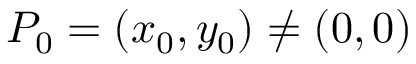
P _ { 0 } = ( x _ { 0 } , y _ { 0 } ) \neq ( 0 , 0 )